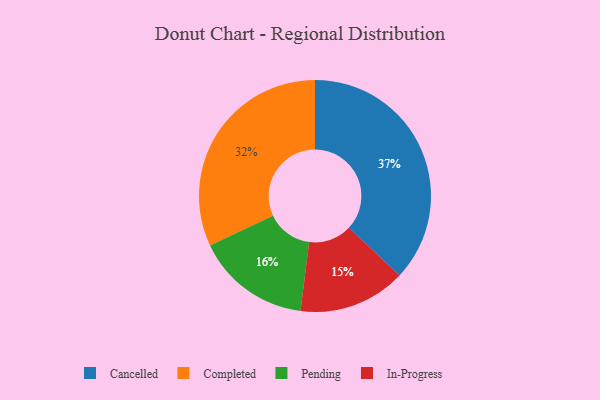
{"axis": {"x": "Category", "y": "Percentage"}, "legend": ["Cancelled", "Completed", "In-Progress", "Pending"], "data": [{"x": "Cancelled", "y": 37, "type": "Cancelled"}, {"x": "Pending", "y": 16, "type": "Pending"}, {"x": "Completed", "y": 32, "type": "Completed"}, {"x": "In-Progress", "y": 15, "type": "In-Progress"}]}